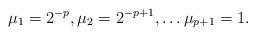
LaTeX: \begin{align*}\mu_{1} = 2^{-p}, \mu_{2} = 2^{-p+1}, \ldots \mu_{p+1} = 1 .\end{align*}